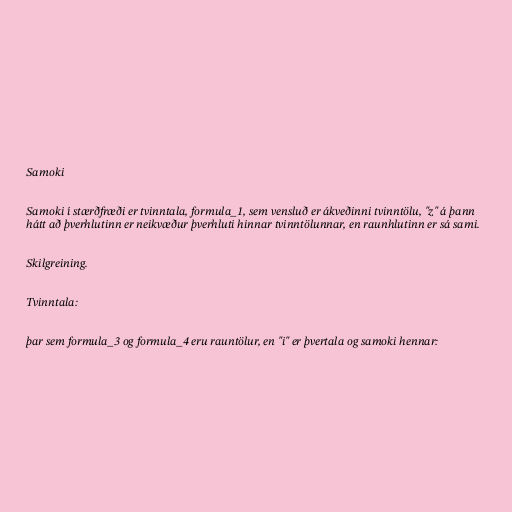
Samoki

Samoki í stærðfræði er tvinntala, formula_1, sem vensluð er ákveðinni tvinntölu, "z" á þann
hátt að þverhlutinn er neikvæður þverhluti hinnar tvinntölunnar, en raunhlutinn er sá sami.

Skilgreining.

Tvinntala:

þar sem formula_3 og formula_4 eru rauntölur, en "i" er þvertala og samoki hennar: